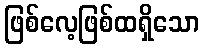
ဖြစ်လေ့ဖြစ်ထရှိသော